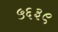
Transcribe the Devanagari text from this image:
५६३९